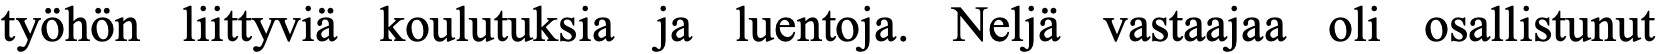
työhön liittyviä koulutuksia ja luentoja. Neljä vastaajaa oli osallistunut